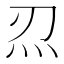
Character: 𤆕